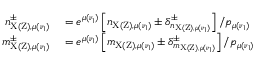
\begin{array} { r l } { n _ { \mathrm { X ( Z ) , } \mu ( \nu _ { 1 } ) } ^ { \pm } } & { { } = e ^ { \mu ( \nu _ { 1 } ) } \left[ n _ { \mathrm { X ( Z ) , } \mu ( \nu _ { 1 } ) } \pm \delta _ { n _ { \mathrm { X ( Z ) , } \mu ( \nu _ { 1 } ) } } ^ { \pm } \right] / p _ { \mu ( \nu _ { 1 } ) } } \\ { m _ { \mathrm { X ( Z ) , } \mu ( \nu _ { 1 } ) } ^ { \pm } } & { { } = e ^ { \mu ( \nu _ { 1 } ) } \left[ m _ { \mathrm { X ( Z ) , } \mu ( \nu _ { 1 } ) } \pm \delta _ { m _ { \mathrm { X ( Z ) , } \mu ( \nu _ { 1 } ) } } ^ { \pm } \right] / p _ { \mu ( \nu _ { 1 } ) } } \end{array}